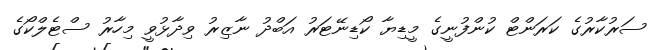
ސަރުކާރުގެ ކަރަންޓް ކުންފުނީގެ މީޑިޔާ ކޯޑިނޭޓަރު އަބްދު ނާޒިރު ވިދާޅުވީ މިހާރު ސްޓެލްކޯގެ